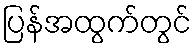
ပြန်အထွက်တွင်